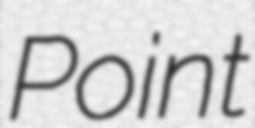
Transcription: Point